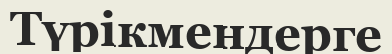
Түрікмендерге